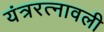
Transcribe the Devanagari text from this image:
यंत्ररत्नावली